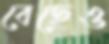
বেছেও